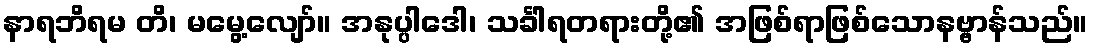
နာရဘိရမ တိ၊ မမွေ့လျော်။ အနုပ္ပါဒေါ၊ သင်္ခါရတရားတို့၏ အဖြစ်ရာဖြစ်သောနဗ္ဗာန်သည်။